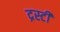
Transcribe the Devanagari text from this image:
द्रस्टी